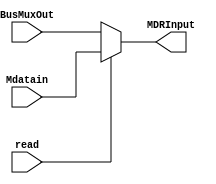
module MDMux(MDRInput, BusMuxOut, Mdatain, read);
    output reg [31:0] MDRInput;
    input [31:0] BusMuxOut, Mdatain;
    input read;
    
    always
    begin
        if (read)
            MDRInput <= Mdatain;
        else
            MDRInput <= BusMuxOut;
    end
	 
endmodule